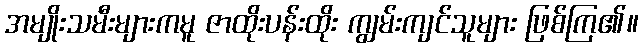
အမျိုးသမီးများကမူ ဇာထိုးပန်းထိုး ကျွမ်းကျင်သူများ ဖြစ်ကြ၏။